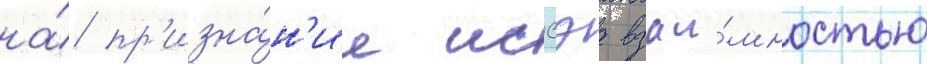
на́ пр'изна́н'ие иссэа взаи́мностью